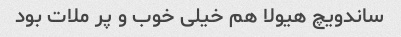
ساندویچ هیولا هم خیلی خوب و پر ملات بود